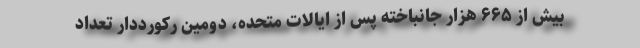
بیش از ۶۶۵ هزار جانباخته پس از ایالات متحده، دومین رکورددار تعداد